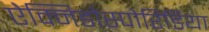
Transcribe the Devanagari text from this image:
ऐक्निडोस्पोरिडिया